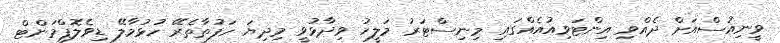
ވީނިއުސްއަށް ދެއްވި އިންޓަވިއުއެއްގައި މިނިސްޓަރު މަލީހު ވިދާޅުވީ މިދިޔަ ހަފުތާތެރޭ ހުޅުމާލޭ ޑިވެލޮޕްމަންޓް